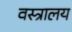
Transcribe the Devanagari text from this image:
वस्त्रालय